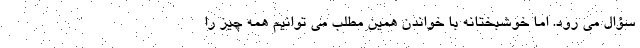
سؤال می رود. اما خوشبختانه با خواندن همین مطلب می توانیم همه چیز را